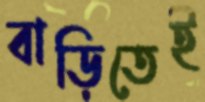
বাড়িতেই